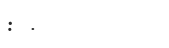
: .